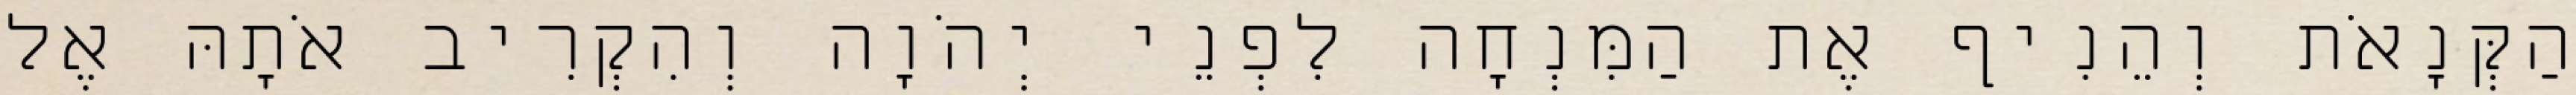
הַקְּנָאֹת וְהֵנִיף אֶת הַמִּנְחָה לִפְנֵי יְהֹוָה וְהִקְרִיב אֹתָהּ אֶל